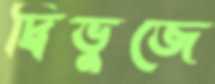
দ্বিভুজে